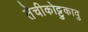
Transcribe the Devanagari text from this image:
तेचीकोट्टुकावु